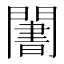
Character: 𬮑